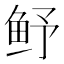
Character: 𮬛